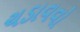
ચડાવવો